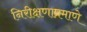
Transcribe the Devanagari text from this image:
निरीक्षणाप्रमाणे